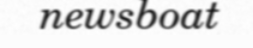
newsboat